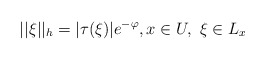
\begin{align*} ||\xi||_h=|\tau(\xi)|e^{-\varphi}, x\in U,\,\,\xi\in L_x \end{align*}